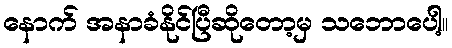
နောက် အနာခံနိုင်ပြီဆိုတော့မှ သဘောပေါ့။